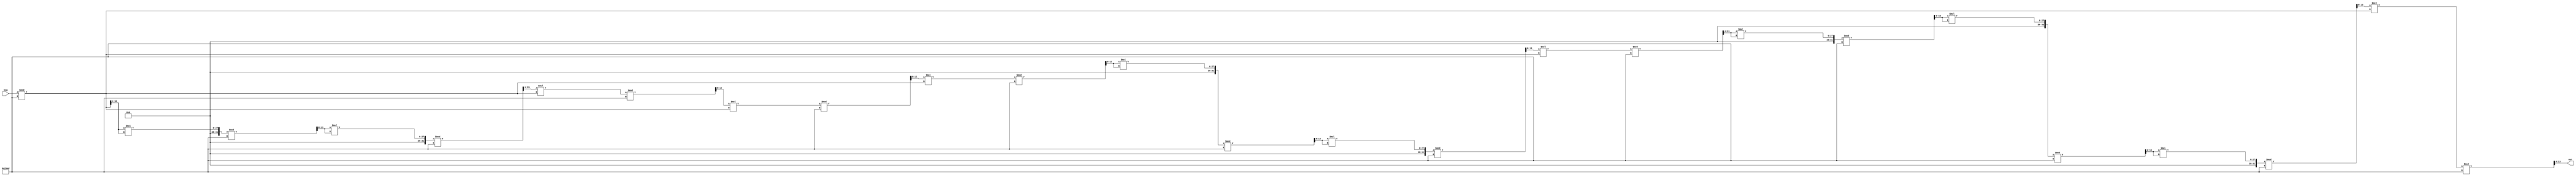
module rsa233(input[13:0] big, output reg[13:0] out);
	always@(*) begin
		out = big%10573;				// 1
		out = (out*out)%10573;			// 2
		out = (out*out)%10573;			// 4
		out = (out*(big%10573))%10573;	// 5
		out = (out*(big%10573))%10573;	// 6
		out = (out*(big%10573))%10573;	// 7
		out = (out*out)%10573;			// 14
		out = (out*out)%10573;			// 28
		out = (out*(big%10573))%10573;	// 29
		out = (out*out)%10573;			// 58
		out = (out*out)%10573;			// 116
		out = (out*out)%10573;			// 232
		out = (out*(big%10573))%10573;	// 233
	end
endmodule